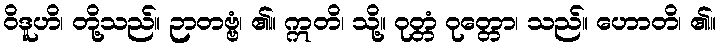
ဝိဒူဟိ၊ တို့သည်။ ဉာတဗ္ဗံ၊ ၏။ ဣတိ၊ သို့။ ဝုတ္တံ ဝုတ္တော၊ သည်။ ဟောတိ၊ ၏။